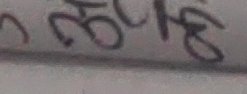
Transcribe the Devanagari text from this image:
९८५०४७६